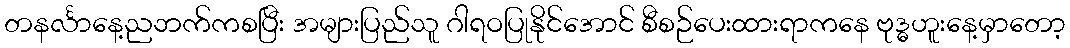
တနင်္လာနေ့ညဘက်ကစပြီး အများပြည်သူ ဂါရဝပြုနိုင်အောင် စီစဉ်ပေးထားရာကနေ ဗုဒ္ဓဟူးနေ့မှာတော့